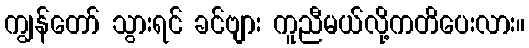
ကျွန်တော် သွားရင် ခင်ဗျား ကူညီမယ်လို့ကတိပေးလား။